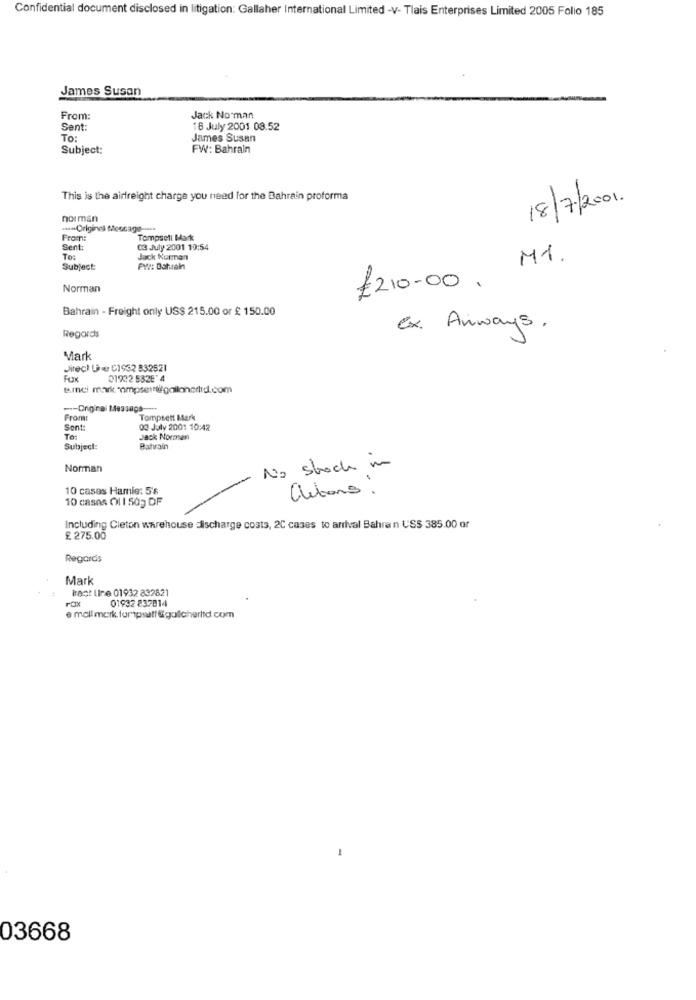
Confidential document disclosed in litigation: Gallaher International Limited -V- Tlais Enterprises Limited 2005 Folio 185
James Susan
From:
Jack No man
Sent:
18 July 2001 08.52
To:
James Susan
Subject:
FW: Bahrain
This is the airfreight charge you need for the Bahrain proforma
18/7/2001.
norman
-- Original Message -....
From:
Tompsell Mark
Sent:
03 July 2001 10:54
To:
Jack Kurmen
M1.
Subject:
PYX: Bahrain
Norman
£210.00.
Bahrain - Freight only US$ 215.00 or £ 150.00
Ex. Anways,
Regards
Mark
Jitect Ue C1932 832521
FUK
019:2 532E' 4
--- Original Message --**
From:
Tompsett Mark
Sent:
03 July 2001 10:42
To:
Jack Norman
Subject:
Batırain
Norman
No stock in
.
10 cases Hamie: 5's
10 casas Cl 1 50g DF
Olutions.
Including Cleton warehouse discharge costs, 2C cases to arrival Bahran USS 385.00 or
£ 275.00
Regards
Mark
tract line 01932 832821
01932 837814
03668